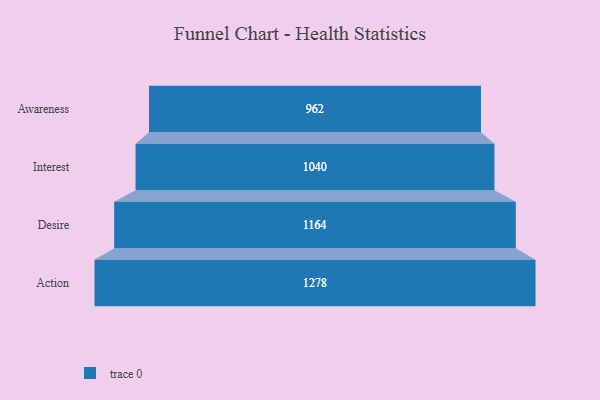
{"axis": {"x": "Stage", "y": "Value"}, "legend": [""], "data": [{"x": "Awareness", "y": 962.0, "type": ""}, {"x": "Interest", "y": 1040.0, "type": ""}, {"x": "Desire", "y": 1164.0, "type": ""}, {"x": "Action", "y": 1278.0, "type": ""}]}